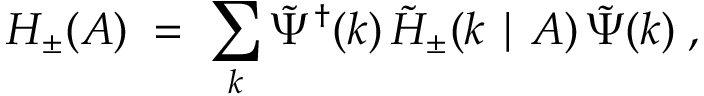
H _ { \pm } ( A ) \; = \; \sum _ { k } { \tilde { \Psi } } ^ { \dagger } ( k ) \, { \tilde { \cal H } } _ { \pm } ( k \mid A ) \, { \tilde { \Psi } } ( k ) \; ,